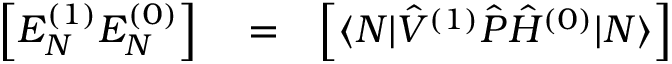
\begin{array} { r l r } { \Big [ E _ { N } ^ { ( 1 ) } E _ { N } ^ { ( 0 ) } \Big ] } & { { } = } & { \Big [ \langle N | \hat { V } ^ { ( 1 ) } \hat { P } \hat { H } ^ { ( 0 ) } | N \rangle \Big ] } \end{array}